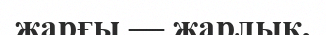
жарғы — жарлық,